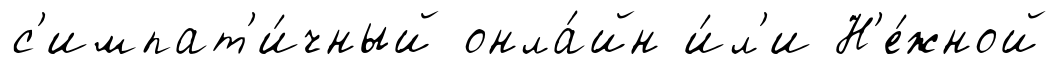
с'импат'и́чный онла́йн и́л'и Н'е́жной